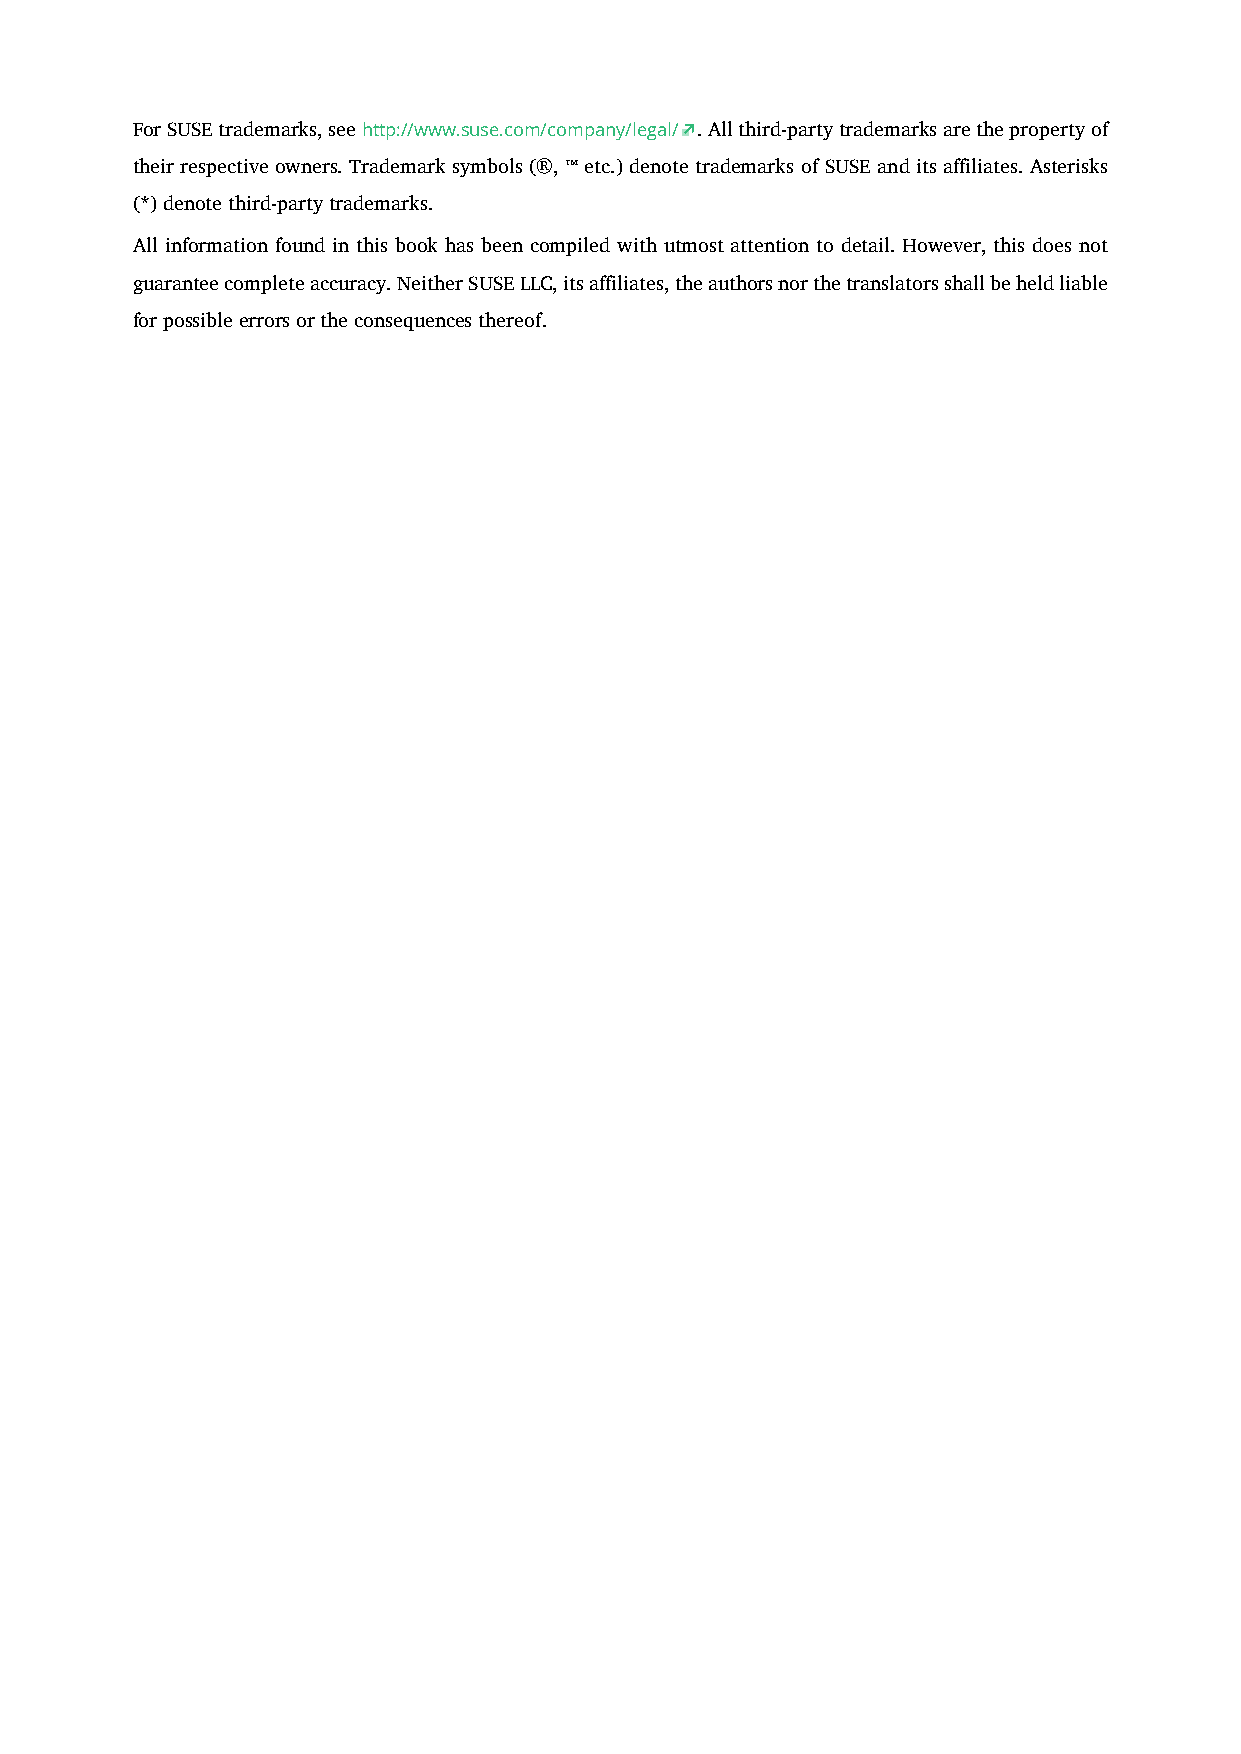
For SUSE trademarks, see http://www.suse.com/company/legal/ . All third-party trademarks are the property of
 their respective owners. Trademark symbols (®, ™ etc.) denote trademarks of SUSE and its affiliates. Asterisks
 (*) denote third-party trademarks.
 All information found in this book has been compiled with utmost attention to detail. However, this does not
 guarantee complete accuracy. Neither SUSE LLC, its affiliates, the authors nor the translators shall be held liable
 for possible errors or the consequences thereof.